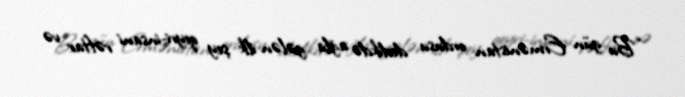
“Bu gün Ermənistan ordusu dedikdə ağla gələn ilk şey qeyri-insani rəftar və